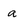
Character: a